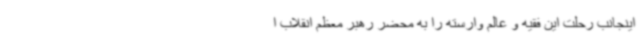
اینجانب رحلت این فقیه و عالم وارسته را به محضر رهبر معظم انقلاب ا